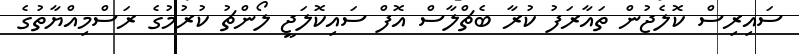
ސައިރިސް ކޮލެޖުން ތައާރަފު ކުރާ ބެޗްލާސް އޮފް ސައިކޮލަޖީ ލޯންޗު ކުރުމުގެ ރަސްމިއްޔާތުގެ